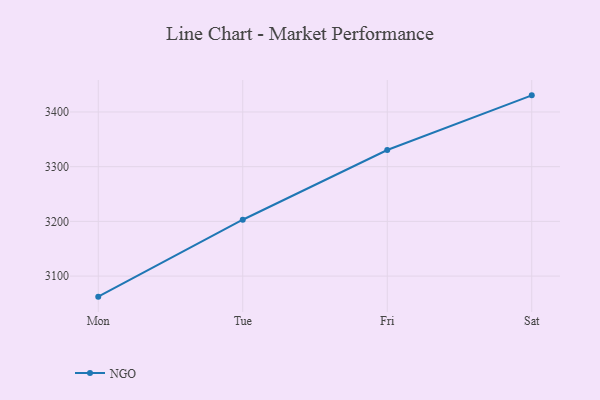
{"axis": {"x": "Day", "y": "Active Users"}, "legend": ["NGO"], "data": [{"x": "Mon", "y": 3062.4, "type": "NGO"}, {"x": "Tue", "y": 3203.0, "type": "NGO"}, {"x": "Fri", "y": 3330.5, "type": "NGO"}, {"x": "Sat", "y": 3430.4, "type": "NGO"}]}